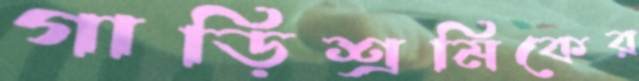
গাড়িশ্রমিকের